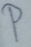
Text: M